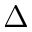
\Delta